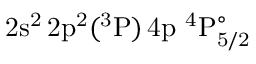
\mathrm { 2 s ^ { 2 } \, 2 p ^ { 2 } ( ^ { 3 } P ) \, 4 p ~ ^ { 4 } P _ { 5 / 2 } ^ { \circ } }